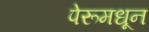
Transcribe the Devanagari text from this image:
पेरूमधून